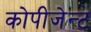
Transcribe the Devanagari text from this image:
कोपीजेन्ट